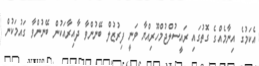
އެކަމުގެ އިނާމެއްގެ ގޮތުގައި ރައީސުލްޖުމްހޫރިއްޔާ ވަނީ ފިރުޒުލް ބޭނުންވާ ދާއިރާއަކުން ބޭނުންވާ ގައުމަކުން